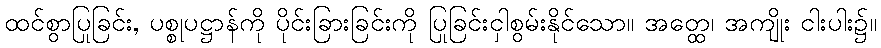
ထင်စွာပြုခြင်း, ပစ္စုပဋ္ဌာန်ကို ပိုင်းခြားခြင်းကို ပြုခြင်းငှါစွမ်းနိုင်သော။ အတ္ထေ၊ အကျိုး ငါးပါး၌။